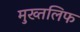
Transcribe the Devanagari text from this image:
मुख्तलिफ